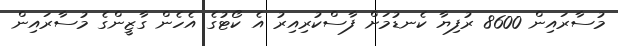
މުސާރައިން 8600 ރުފިޔާ ކެނޑުމަށް ފާސްކުރިއިރު އެ ކޯޓުގެ އެހެން ގާޒީންގެ މުސާރައިން